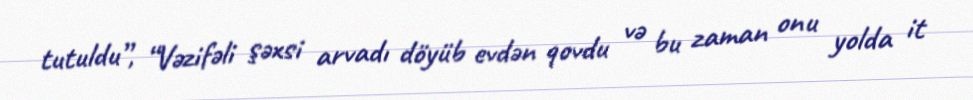
tutuldu”, “Vəzifəli şəxsi arvadı döyüb evdən qovdu və bu zaman onu yolda it